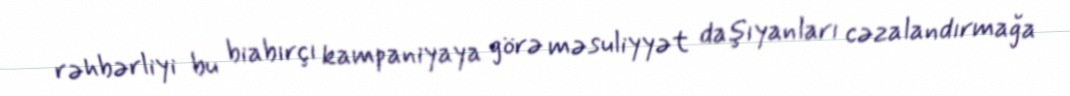
rəhbərliyi bu biabırçı kampaniyaya görə məsuliyyət daşıyanları cəzalandırmağa